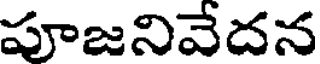
పూజనివేదన